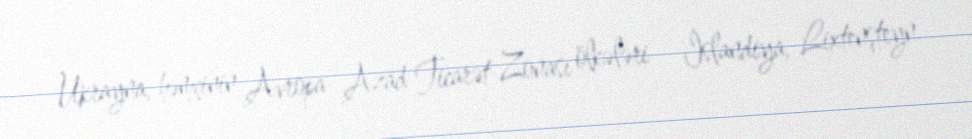
Ukrayna, həmçinin Avropa Azad Ticarət Zonası ölkələri - İslandiya, Lixtenşteyn